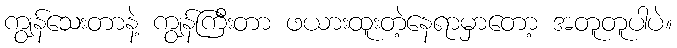
ကျွန်သေးတာနဲ့ ကျွန်ကြီးတာ ဖယားထူးတဲ့နေရာမှာတော့ အတူတူပါပဲ။